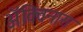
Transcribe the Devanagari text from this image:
ॲक्विनास